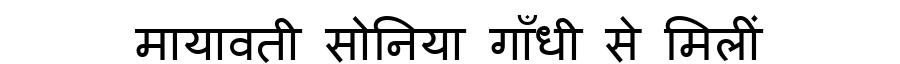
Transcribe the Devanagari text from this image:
मायावती सोनिया गाँधी से मिलीं